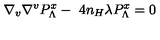
\nabla _ { v } \nabla ^ { v } P _ { \Lambda } ^ { x } - \ 4 n _ { H } \lambda P _ { \Lambda } ^ { x } = 0